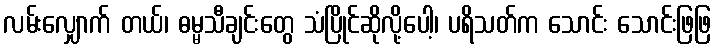
လမ်းလျှောက် တယ်၊ ဓမ္မသီချင်းတွေ သံပြိုင်ဆိုလို့ပေါ့၊ ပရိသတ်က သောင်း သောင်းဖြဖြ